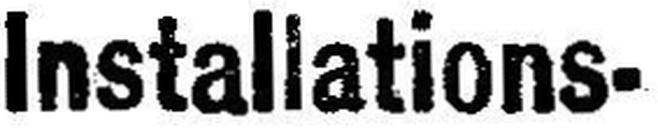
Installations-